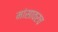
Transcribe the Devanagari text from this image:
मांसावरच